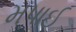
મપાઈ